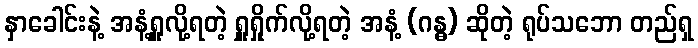
နှာခေါင်းနဲ့ အနံ့ရှူလို့ရတဲ့ ရှူရှိုက်လို့ရတဲ့ အနံ့ (ဂန္ဓ) ဆိုတဲ့ ရုပ်သဘော တည်ရှ